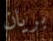
بريان